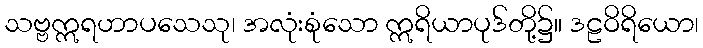
သဗ္ဗဣရဟာပသေသု၊ အလုံးစုံသော ဣရိယာပုဒ်တို့၌။ ဒဠဝိရိယော၊